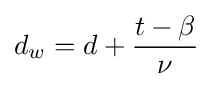
d_{w}=d+{\frac {t-\beta }{\nu }}\,\!